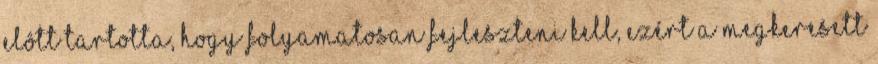
elôtt tartotta, hogy folyamatosan fejleszteni kell, ezért a megkeresett